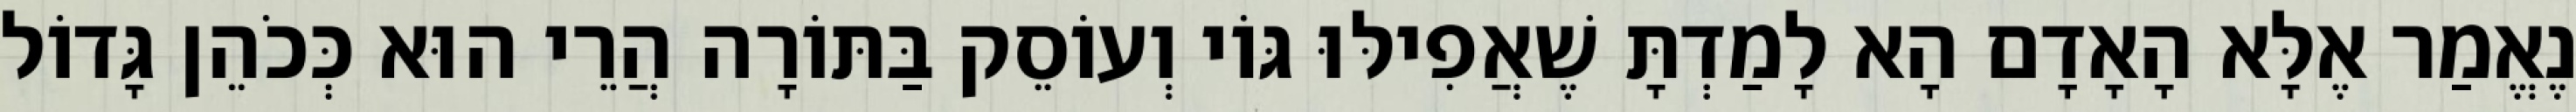
נֶאֱמַר אֶלָּא הָאָדָם הָא לָמַדְתָּ שֶׁאֲפִילּוּ גּוֹי וְעוֹסֵק בַּתּוֹרָה הֲרֵי הוּא כְּכֹהֵן גָּדוֹל